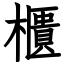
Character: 櫃